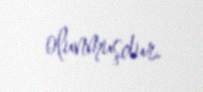
olunmuşdur.